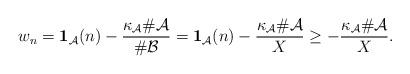
LaTeX: \begin{align*}w_n=\mathbf{1}_{\mathcal{A}{}}(n)-\frac{\kappa_\mathcal{A}\#\mathcal{A}{}}{\#\mathcal{B}{}}=\mathbf{1}_{\mathcal{A}{}}(n)-\frac{\kappa_\mathcal{A}\#\mathcal{A}{}}{X}\ge -\frac{\kappa_\mathcal{A}\#\mathcal{A}{}}{X}.\end{align*}